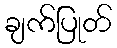
ချက်ပြုတ်